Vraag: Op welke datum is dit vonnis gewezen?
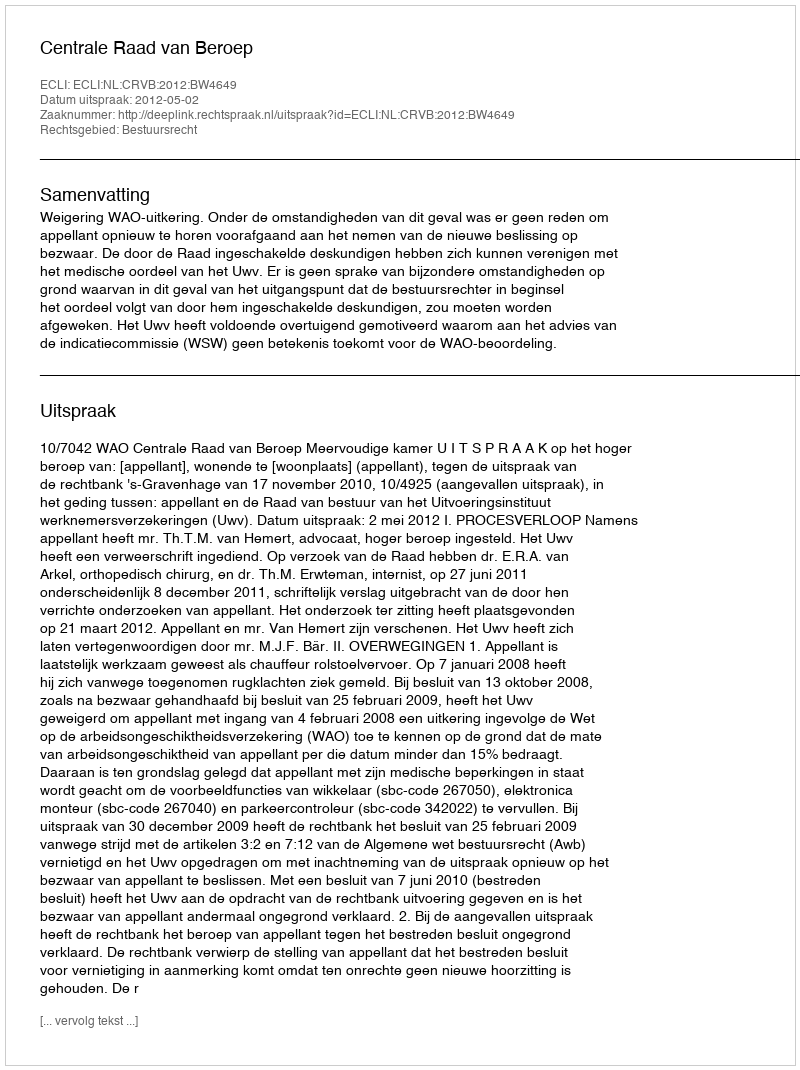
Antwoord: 2012-05-02